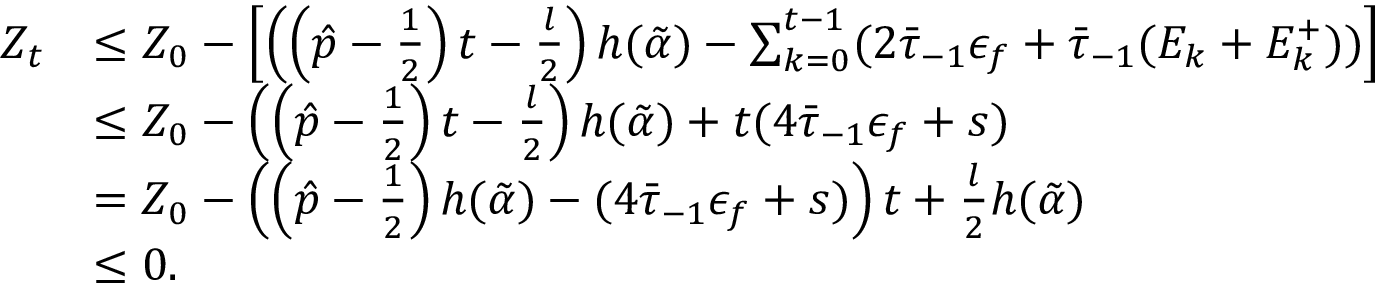
\begin{array} { r l } { Z _ { t } } & { \leq Z _ { 0 } - \left[ \left( \left( \hat { p } - \frac 1 2 \right) t - \frac { l } { 2 } \right) h ( \tilde { \alpha } ) - \sum _ { k = 0 } ^ { t - 1 } ( 2 \bar { \tau } _ { - 1 } \epsilon _ { f } + \bar { \tau } _ { - 1 } ( E _ { k } + E _ { k } ^ { + } ) ) \right] } \\ & { \leq Z _ { 0 } - \left( \left( \hat { p } - \frac 1 2 \right) t - \frac { l } { 2 } \right) h ( \tilde { \alpha } ) + t ( 4 \bar { \tau } _ { - 1 } \epsilon _ { f } + s ) } \\ & { = Z _ { 0 } - \left( \left( \hat { p } - \frac 1 2 \right) h ( \tilde { \alpha } ) - ( 4 \bar { \tau } _ { - 1 } \epsilon _ { f } + s ) \right) t + \frac { l } { 2 } h ( \tilde { \alpha } ) } \\ & { \leq 0 . } \end{array}